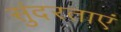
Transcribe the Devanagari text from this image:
सुंदरताएं